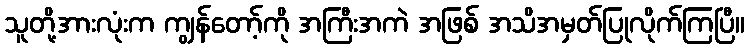
သူတို့အားလုံးက ကျွန်တော့်ကို အကြီးအကဲ အဖြစ် အသိအမှတ်ပြုလိုက်ကြပြီ။